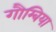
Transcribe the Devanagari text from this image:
गौम्बिया